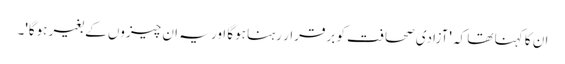
ان کا کہنا تھا کہ 'آزادی صحافت کو برقرار رہنا ہوگا اور یہ ان چیزوں کے بغیر ہوگا'۔